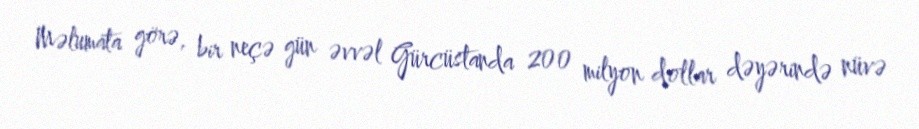
Məlumata görə, bir neçə gün əvvəl Gürcüstanda 200 milyon dollar dəyərində nüvə